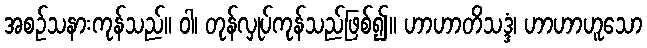
အစဉ်သနားကုန်သည်။ ဝါ၊ တုန်လှုပ်ကုန်သည်ဖြစ်၍။ ဟာဟာတိသဒ္ဒံ၊ ဟာဟာဟူသော